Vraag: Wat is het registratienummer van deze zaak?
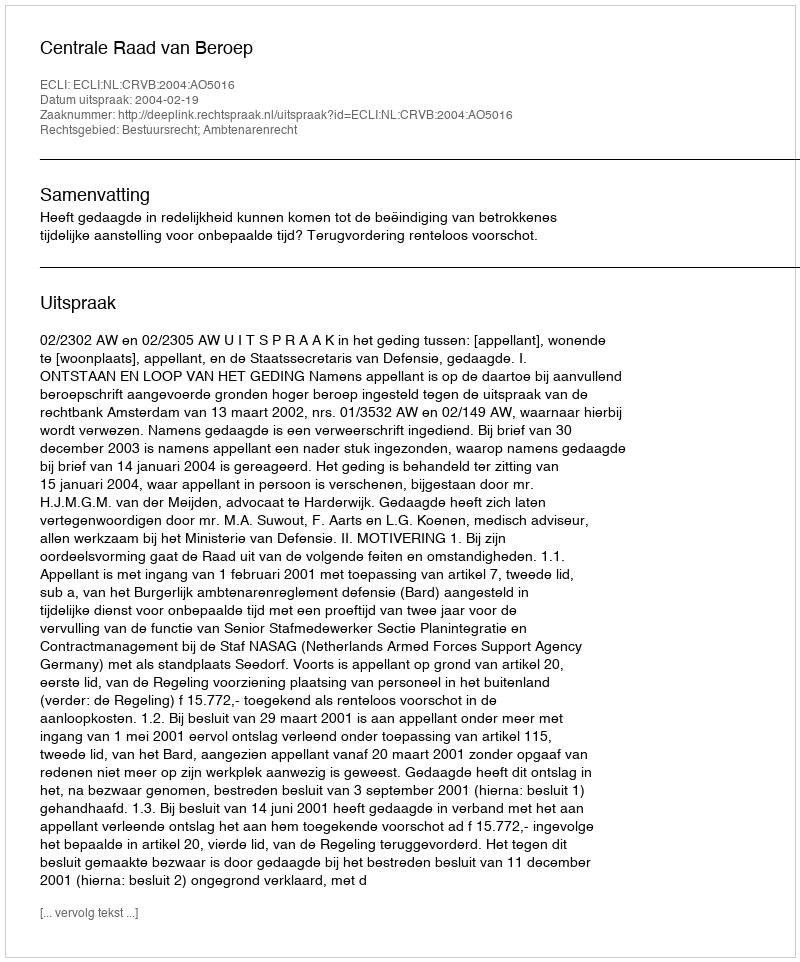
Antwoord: http://deeplink.rechtspraak.nl/uitspraak?id=ECLI:NL:CRVB:2004:AO5016